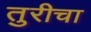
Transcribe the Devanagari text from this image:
तुरीचा